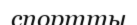
спортты